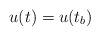
LaTeX: \begin{align*}u(t)=u(t_b)\end{align*}